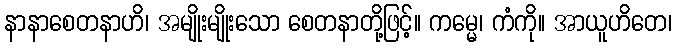
နာနာစေတနာဟိ၊ အမျိုးမျိုးသော စေတနာတို့ဖြင့်။ ကမ္မေ၊ ကံကို။ အာယူဟိတေ၊